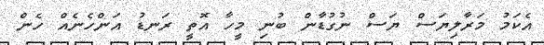
އެކަމު މަރާލިޔަސް ޔަސް ނުގުޑާން ބުނި މީހާ އޮތީ ރަނޑު އަންހެނެއް ހެން